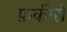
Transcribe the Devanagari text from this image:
फ़कीरों